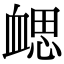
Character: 𧗂